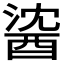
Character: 𲆯